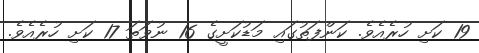
19 ކަށި ހުރެއެވެ. ކަންފަތުގައި މަޑުކަށީގެ 16 ނުވަތަ 17 ކަށި ހުރެއެވެ.